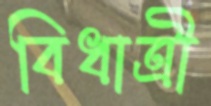
বিধাত্রী